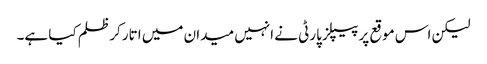
لیکن اس موقع پر پیپلز پارٹی نے انہیں میدان میں اتار کر ظلم کیا ہے۔